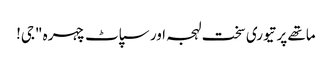
ماتھے پر تیوری سخت لہجہ اور سپاٹ چہرہ "جی!